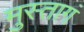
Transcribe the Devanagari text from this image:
मुस्तागं